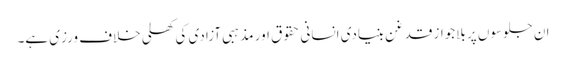
ان جلوسوں پر بلاجواز قدغن بنیادی انسانی حقوق اور مذہبی آزادی کی کھلی خلاف ورزی ہے۔